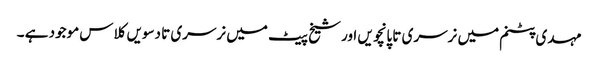
مہدی پٹنم میں نرسری تا پانچویں اور شیخ پیٹ میں نرسری تا دسویں کلاس موجود ہے ۔